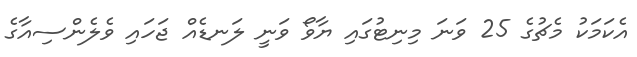
އެކަމަކު މެޗުގެ 25 ވަނަ މިނިޓުގައި ޔާވޯ ވަނީ ލަނޑެއް ޖަހައި ވެލެންސިއާގެ